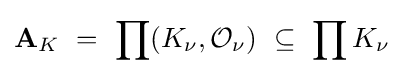
\mathbf {A} _{K}\ =\ \prod (K_{\nu },{\mathcal {O}}_{\nu })\ \subseteq \ \prod K_{\nu }